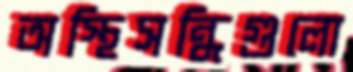
অস্থিসন্ধিগুলো